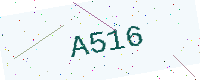
Text: A516